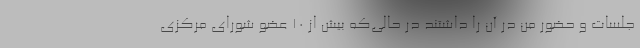
جلسات و حضور من در آن را داشتند در حالی‌که بیش از ۱۰ عضو شورای مرکزی